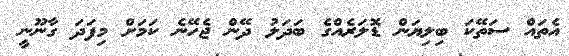
އެތައް ސަތޭކަ ބިލިޔަން ޑޮލަރެއްގެ ބަދަލު ދޭން ޖެހޭނެ ކަމަށް މިފަދަ ގާނޫނީ